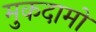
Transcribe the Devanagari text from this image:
मुकदामों